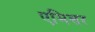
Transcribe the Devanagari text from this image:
एमिसर